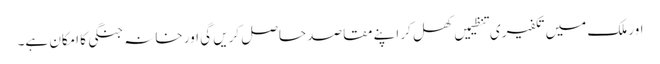
اور ملک میں تکفیری تنظیمیں کھل کر اپنے مقاصد حاصل کریں گی اور خانہ جنگی کا امکان ہے۔